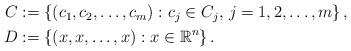
LaTeX: \begin{align*}\begin{aligned}C &:= \left\{(c_1,c_2,\dots,c_m):c_j\in C_j,\,j=1,2,\dots,m\right\}, \\D &:= \left\{(x,x,\dots,x):x\in\mathbb{R}^n\right\}.\end{aligned}\end{align*}